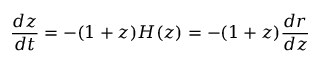
\frac { d z } { d t } = - ( 1 + z ) H ( z ) = - ( 1 + z ) \frac { d r } { d z }